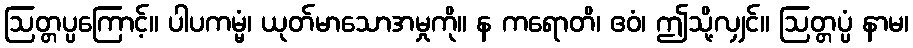
ဩတ္တပ္ပကြောင့်။ ပါပကမ္မံ၊ ယုတ်မာသောအမှုကို။ န ကရောတိ၊ ဧဝံ၊ ဤသို့လျှင်။ ဩတ္တပ္ပံ နာမ၊